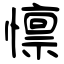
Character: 懔